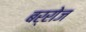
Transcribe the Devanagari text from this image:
बर्रोज